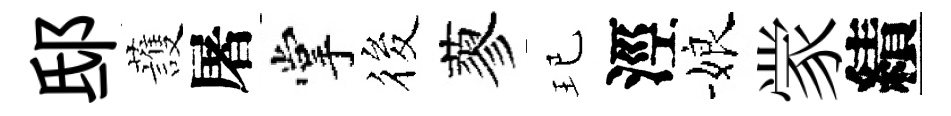
邸䕶屠掌筱蓼玘涇娘䝉績